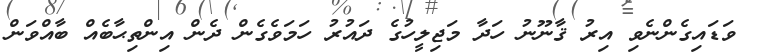
ވަޑައިގެންނެވި އިރު ޤާނޫނު ހަދާ މަޖިލީހުގެ ދައުރު ހަމަވެގެން ދެން އިންތިޙާބެއް ބާއްވަން